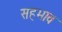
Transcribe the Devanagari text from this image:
सहभाव